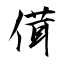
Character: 傇